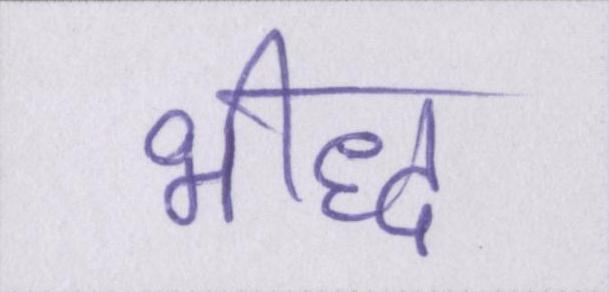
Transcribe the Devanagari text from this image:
भीद्ध